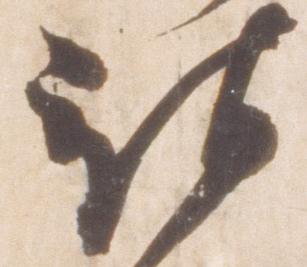
被